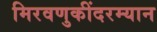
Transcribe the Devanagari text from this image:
मिरवणुकींदरम्यान